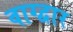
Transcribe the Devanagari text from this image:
वाग्द्वार